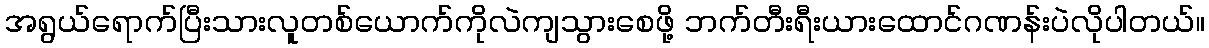
အရွယ်ရောက်ပြီးသားလူတစ်ယောက်ကိုလဲကျသွားစေဖို့ ဘက်တီးရီးယားထောင်ဂဏန်းပဲလိုပါတယ်။